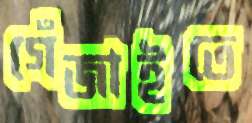
গেঁজাইতে